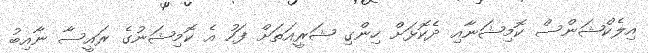
އިލެކްޝަންސް ކޮމިޝަނާއި ދެކޮޅަށް ހިންގި ޝަރީއަތަށް ފަހު އެ ކޮމިޝަނުގެ ރައީސާ ނާއިބު